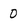
Character: 0